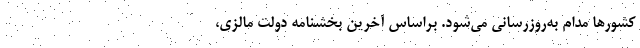
کشورها مدام به‌روزرسانی می‌شود. براساس آخرین بخشنامه دولت مالزی،